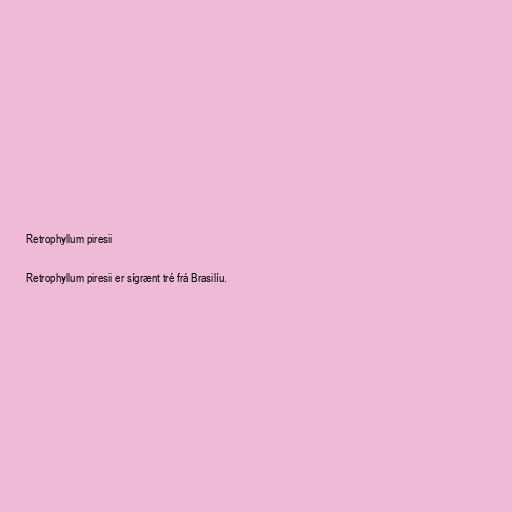
Retrophyllum piresii

Retrophyllum piresii er sígrænt tré frá Brasilíu.